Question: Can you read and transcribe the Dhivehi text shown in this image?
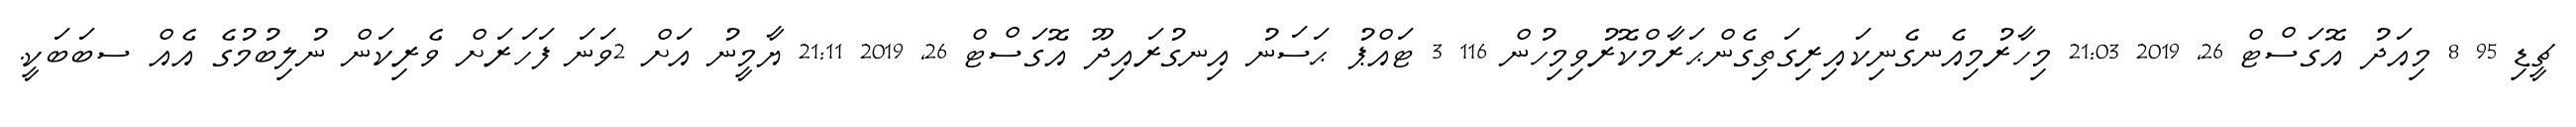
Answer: ޗީޑި 95 8 މިއަދު އޮގަސްޓް 26, 2019 21:03 މިހާރުމިއެނގެނިކައިރިގަތިގެންޙަރާމްކޮރުވިމިހުން 116 3 ޓައްޕު ޙަސަނު އިނގުރައިދޫ އޮގަސްޓް 26, 2019 21:11 ޔާމީނު އަށް 2ވަނަ ފަހަރަށް ވެރިކަން ނުލިބުމުގެ އެއް ސބަބަކީ.